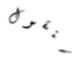
سنقول